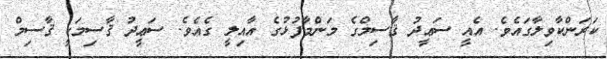
ކަރަންކާވިލާގައެވެ. އެއީ ސަޢީދު ޤާސިމްގެ މަންމާފުޅުގެ އާއިލީ ގެއެވެ. ސަޢީދު ޤާސިމަކީ ޤާސިމް